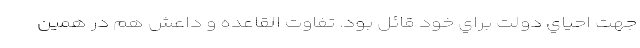
جهت احياي دولت براي خود قائل بود. تفاوت القاعده و داعش هم در همين